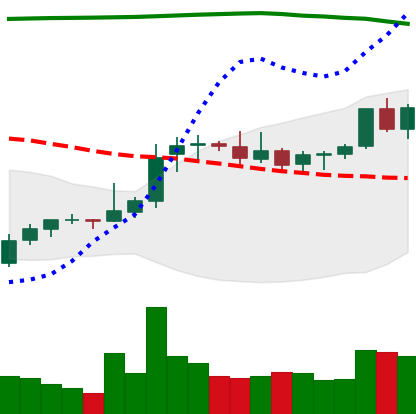
Ticker: XRP-USD
Chart end date: 2021-08-09
Forward return: 56.424%
Label: up_7plus